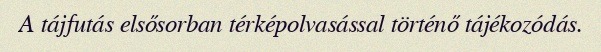
A tájfutás elsősorban térképolvasással történő tájékozódás.